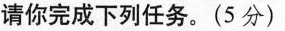
请你完成下列任务。(5分）